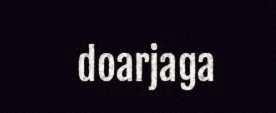
doarjaga